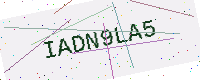
Text: IADN9LA5